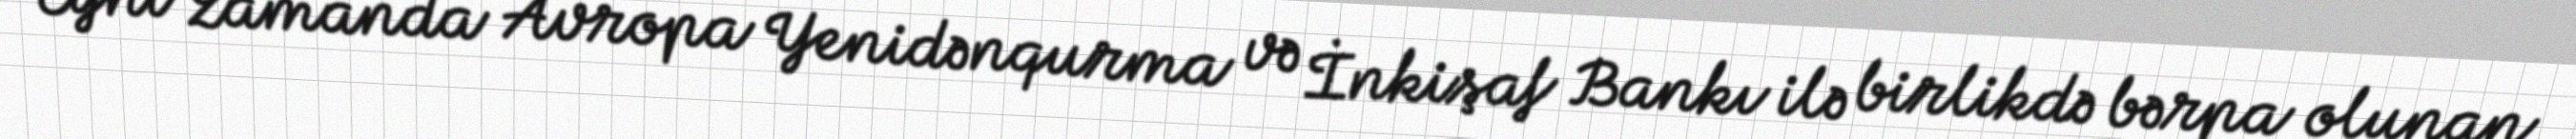
Eyni zamanda Avropa Yenidənqurma və İnkişaf Bankı ilə birlikdə bərpa olunan